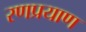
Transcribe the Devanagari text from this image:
रणप्रयाण